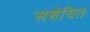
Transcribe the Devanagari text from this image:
सशेधित